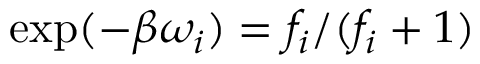
\exp ( - \beta \omega _ { i } ) = f _ { i } / ( f _ { i } + 1 )